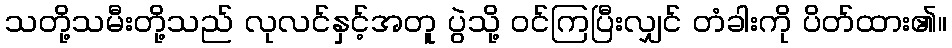
သတို့သမီးတို့သည် လုလင်နှင့်အတူ ပွဲသို့ ဝင်ကြပြီးလျှင် တံခါးကို ပိတ်ထား၏။